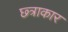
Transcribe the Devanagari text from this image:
छ्त्राकार